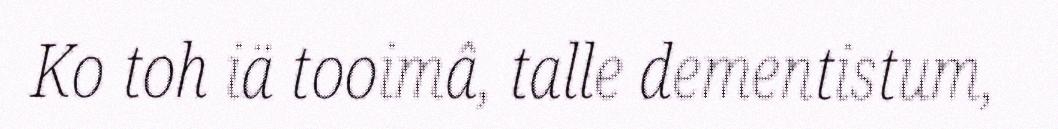
Ko toh iä tooimâ, talle dementistum,